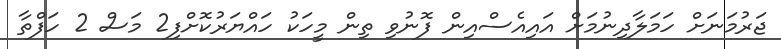
ޖަރުމަނަށް ހަމަލާދިނުމަށް އައިއެސްއިން ފޮނުވި ތިން މީހަކު ހައްޔަރުކޮށްފި2 މަސް 2 ހަފްތާ